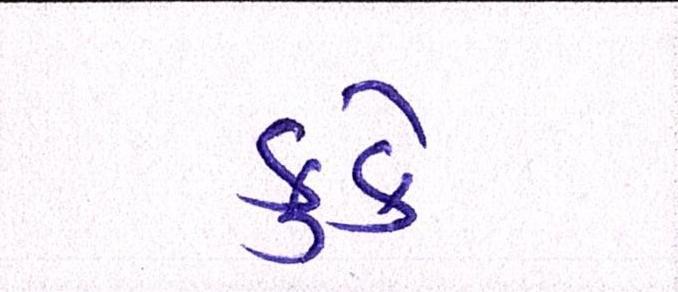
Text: કુકે